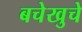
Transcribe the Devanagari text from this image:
बचेखुचे